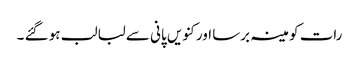
رات کو مینہ برسا اور کنویں پانی سے لبالب ہو گئے ۔